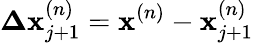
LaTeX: \mathbf{\Delta x}_{j+1}^{(n)}=\mathbf{x}^{(n)}-\mathbf{x}_{j+1}^{(n)}